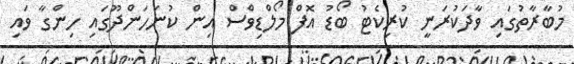
މުބާރާތުގައި ވާދަކުރަނީ ކުރިކެޓު ބޯޑު އޮފް މޯލްޑިވްސް އިން ކުނަހަންދޫގައި ހިންގާ ވައި